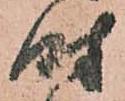
時